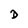
Character: D